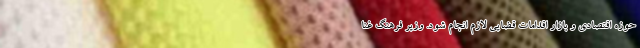
حوزه اقتصادی و بازار اقدامات قضایی لازم انجام شود. وزیر فرهنگ غنا